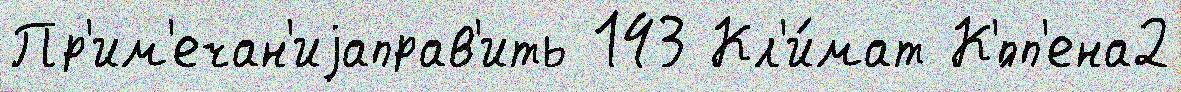
Пр'им'ечан'иjаправ'ить 143 Кл'и́мат К'́пп'ена2